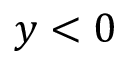
y < 0